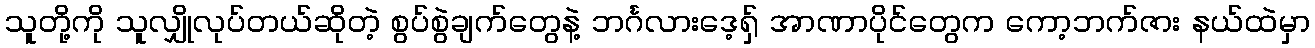
သူတို့ကို သူလျှိုလုပ်တယ်ဆိုတဲ့ စွပ်စွဲချက်တွေနဲ့ ဘင်္ဂလားဒေ့ရှ် အာဏာပိုင်တွေက ကော့ဘက်ဇား နယ်ထဲမှာ